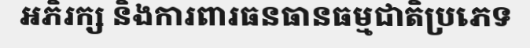
អភិរក្ស និងការពារធនធានធម្មជាតិប្រភេទ